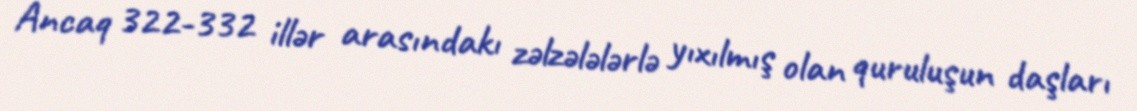
Ancaq 322-332 illər arasındakı zəlzələlərlə yıxılmış olan quruluşun daşları